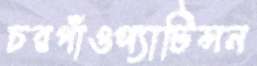
চরগাঁওপ্যাটিন্সন